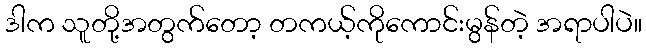
ဒါက သူတို့အတွက်တော့ တကယ့်ကိုကောင်းမွန်တဲ့ အရာပါပဲ။